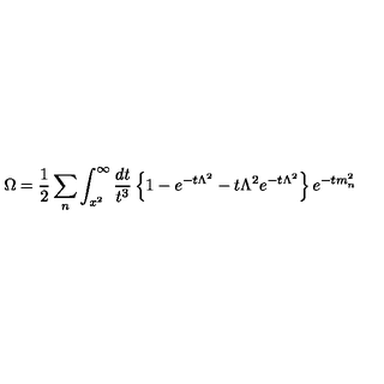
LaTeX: \Omega = \frac { 1 } { 2 } \sum _ { n } \int _ { x ^ { 2 } } ^ { \infty } \frac { d t } { t ^ { 3 } } \left\{ 1 - e ^ { - t \Lambda ^ { 2 } } - t \Lambda ^ { 2 } e ^ { - t \Lambda ^ { 2 } } \right\} e ^ { - t m _ { n } ^ { 2 } }